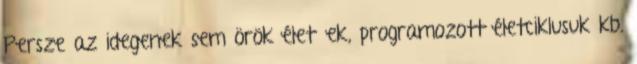
Persze az idegenek sem örök életűek, programozott életciklusuk kb.